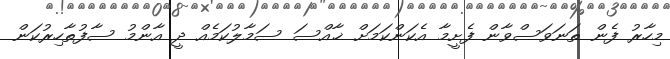
މިހާރު ފެން ތަނަވަސްވާން ފެށީމާ އެކަންކަމަށް ޚާއްސަ ސަމާލުކަމެއް ދީ އާންމު ސާފުތާހިރުކަން